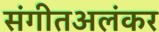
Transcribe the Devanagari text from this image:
संगीतअलंकर